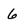
Character: 6